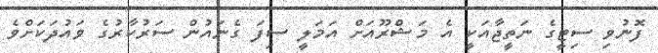
ފޮނުވި ސިޓީގެ ނަތީޖާއަކީ އެ މަޝްރޫއަށް އަމަލީ ސިފަ ގެނައުން ސަރުކާރުގެ ވައުދަކަށްވެ